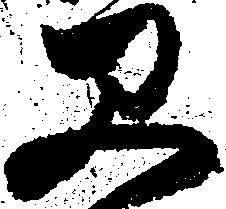
早